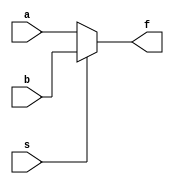
module mux_2x1 (
	input a, b, s,
	output reg f
	);
	
	always @(*)
		if (s)
			f = b;
		else
			f = a;
			
endmodule